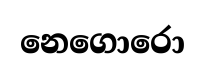
නෙගොරො